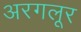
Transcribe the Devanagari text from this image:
अरगलूर